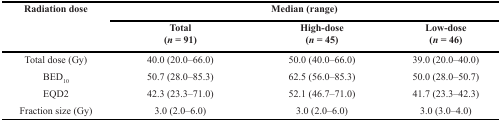
| <ROWSPAN=2> Radiation dose | <COLSPAN=3> Median (range) |
 | Total (n = 91) | High-dose (n = 45) | Low-dose (n = 46) |
 | --- | --- | --- | --- |
 | Total dose (Gy) | 40.0 (20.0–66.0) | 50.0 (40.0–66.0) | 39.0 (20.0–40.0) |
 | BED10 | 50.7 (28.0–85.3) | 62.5 (56.0–85.3) | 50.0 (28.0–50.7) |
 | EQD2 | 42.3 (23.3–71.0) | 52.1 (46.7–71.0) | 41.7 (23.3–42.3) |
 | Fraction size (Gy) | 3.0 (2.0–6.0) | 3.0 (2.0–6.0) | 3.0 (3.0–4.0) |